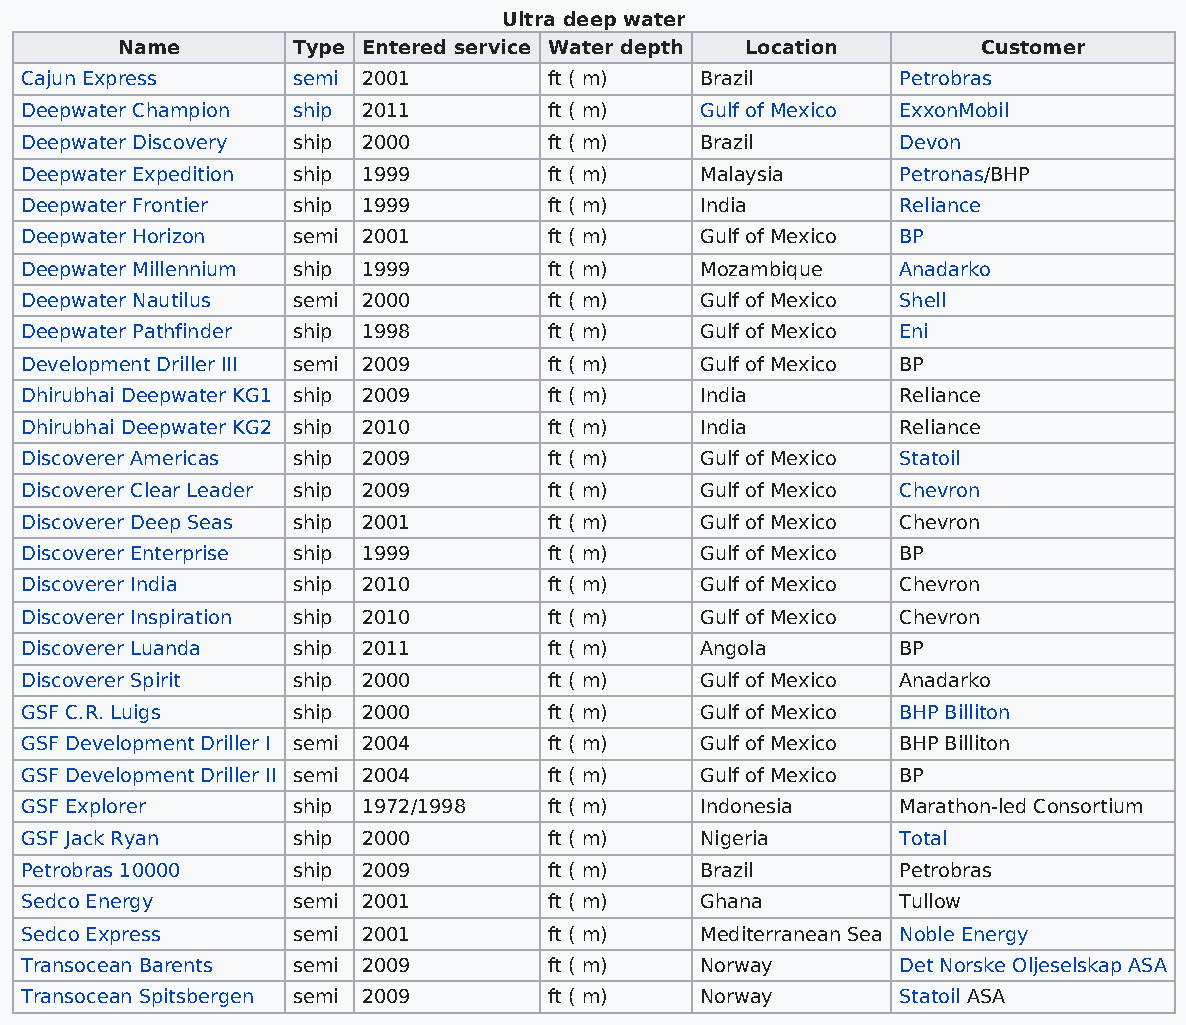
Ultra deep water
 Name       Type Entered service Water depth Location     Customer
 Cajun Express     semi 2001        ft ( m)   Brazil        Petrobras
 Deepwater Champion ship 2011       ft ( m)   Gulf of Mexico ExxonMobil
 Deepwater Discovery ship 2000      ft ( m)   Brazil        Devon
 Deepwater Expedition ship 1999     ft ( m)   Malaysia      Petronas/BHP
 Deepwater Frontier ship 1999       ft ( m)   India         Reliance
 Deepwater Horizon semi 2001        ft ( m)   Gulf of Mexico BP
 Deepwater Millennium ship 1999     ft ( m)   Mozambique    Anadarko
 Deepwater Nautilus semi 2000       ft ( m)   Gulf of Mexico Shell
 Deepwater Pathfinder ship 1998     ft ( m)   Gulf of Mexico Eni
 Development Driller III semi 2009  ft ( m)   Gulf of Mexico BP
 Dhirubhai Deepwater KG1 ship 2009  ft ( m)   India         Reliance
 Dhirubhai Deepwater KG2 ship 2010  ft ( m)   India         Reliance
 Discoverer Americas ship 2009      ft ( m)   Gulf of Mexico Statoil
 Discoverer Clear Leader ship 2009  ft ( m)   Gulf of Mexico Chevron
 Discoverer Deep Seas ship 2001     ft ( m)   Gulf of Mexico Chevron
 Discoverer Enterprise ship 1999    ft ( m)   Gulf of Mexico BP
 Discoverer India  ship 2010        ft ( m)   Gulf of Mexico Chevron
 Discoverer Inspiration ship 2010   ft ( m)   Gulf of Mexico Chevron
 Discoverer Luanda ship 2011        ft ( m)   Angola        BP
 Discoverer Spirit ship 2000        ft ( m)   Gulf of Mexico Anadarko
 GSF C.R. Luigs    ship 2000        ft ( m)   Gulf of Mexico BHP Billiton
 GSF Development Driller I semi 2004 ft ( m)  Gulf of Mexico BHP Billiton
 GSF Development Driller II semi 2004 ft ( m) Gulf of Mexico BP
 GSF Explorer      ship 1972/1998   ft ( m)   Indonesia     Marathon-led Consortium
 GSF Jack Ryan     ship 2000        ft ( m)   Nigeria       Total
 Petrobras 10000   ship 2009        ft ( m)   Brazil        Petrobras
 Sedco Energy      semi 2001        ft ( m)   Ghana         Tullow
 Sedco Express     semi 2001        ft ( m)   Mediterranean Sea Noble Energy
 Transocean Barents semi 2009       ft ( m)   Norway        Det Norske Oljeselskap ASA
 Transocean Spitsbergen semi 2009   ft ( m)   Norway        Statoil ASA